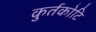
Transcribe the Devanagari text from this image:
कुर्तकोटि